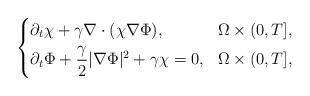
LaTeX: \begin{align*} \left\{\begin{aligned} & \partial_t\chi+\gamma\nabla\cdot(\chi\nabla\Phi), & \Omega\times(0,T], \\ & \partial_t\Phi+\frac{\gamma}{2}\lvert\nabla\Phi\rvert^2+\gamma\chi=0, & \Omega\times(0,T], \end{aligned}\right.\end{align*}